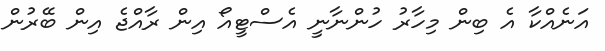
އަނެއްކާ އެ ބިން މިހާރު ހުންނާނީ އެސްޓީއޯ އިން ރާއްޖެ އިން ބޭރުން